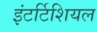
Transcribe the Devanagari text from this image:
इंटर्टिशियल